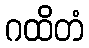
ဂထိတံ